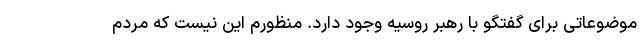
موضوعاتی برای گفتگو با رهبر روسیه وجود دارد. منظورم این نیست که مردم